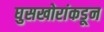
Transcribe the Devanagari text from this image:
घुसखोरांकडून